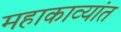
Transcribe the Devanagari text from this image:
महाकाव्यांत